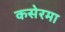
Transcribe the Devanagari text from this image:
कसेरमा